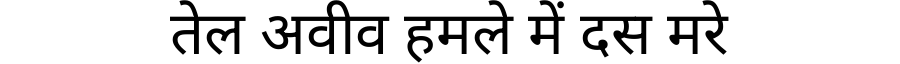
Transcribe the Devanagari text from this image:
तेल अवीव हमले में दस मरे